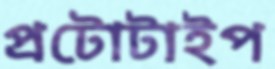
প্রটোটাইপ